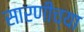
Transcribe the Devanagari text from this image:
सारणीच्या